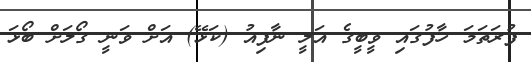
ފުރަތަމަ ހާފުގައި ވީބީގެ އަލީ ނާފިއު (ކަޅޭ) އަށް ވަނީ ގޯލަށް ބޯޅަ